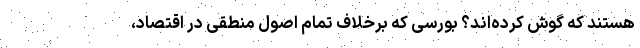
هستند که گوش کرده‌اند؟ بورسی که برخلاف تمام اصول منطقی در اقتصاد،